Civil Veterinary Dept. Bombay admin report 1900-1906 - 1900-1906
Year: 1900
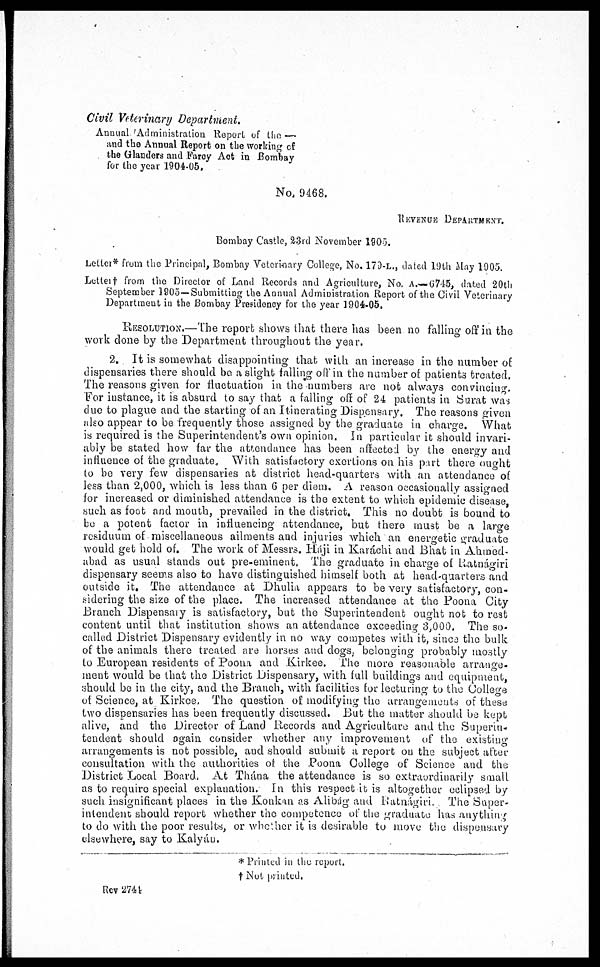
Civil Veterinary Department.
Annual. Administration Report of the —
and the Annual Report on the working of
the Glanders and Farcy Act in Bombay
for the year 1904-05.
No. 9468.
REVENUE
DEPARTMENT.
Bombay Castle, 23rd November 1905.
Letter* from the Principal, Bombay Veterinary College, No. 179-L., dated 19th May 1905.
Letter† from the Director of Land Records and Agriculture, No. A.—6745, dated 20th
September 1905—Submitting the Annual Administration Report of the Civil Veterinary
Department in the Bombay Presidency for the year 1904-05.
RESOLUTION.—The report shows that there has been no falling off in the
work clone by the Department throughout the year.
2. It is somewhat disappointing that with an increase in the number of
dispensaries there should be a slight falling off in the number of patients treated.
The reasons given for fluctuation in the numbers are not always convincing.
For instance, it is absurd to say that a falling off of 24 patients in Surat was
duo to plague and the starting of an Itinerating Dispensary. The reasons given
also appear to be frequently those assigned by the graduate in charge. What
is required is the Superintendent's own opinion. In particular it should invari-
ably be stated how far the attendance has been affected by the energy and
influence of the graduate. With satisfactory exertions on his part there Ought
to be very few dispensaries at district head-quarters with an attendance of
less than 2,000, which is less than 6 per diem. A reason occasionally assigned
for increased or diminished attendance is the extent to which epidemic disease,
such as foot and mouth, prevailed in the district. This no doubt is bound to
bo a potent factor in influencing attendance, but there must be a large
residuum of miscellaneous ailments and injuries which an energetic graduate
would get hold of. The work of Messrs. Háji in Karachi and Bhat in Ahmed-
abad as usual stands out pre-eminent, The graduate in charge of Ratnágiri
dispensary seems also to have distinguished himself both at head-quarters and
outside it. The attendance at Dhulia appears to be very satisfactory, con-
sidering the size of the place. The increased attendance at the Poona City
Branch Dispensary is satisfactory, but the Superintendent ought not to rest
content until that institution shows an attendance exceeding 3,000. The so-
called District Dispensary evidently in no way competes with it, since the bulk
of the animals there treated are horses and dogs, belonging probably mostly
to European residents of Poona and Kirkee. The more reasonable arrange-
ment would be that the District Dispensary, with full buildings and equipment,
should be in the city, and the Branch, with facilities for lecturing to the College
of Science, at Kirkee, The question of modifying the arrangements of these
two dispensaries has been frequently discussed. But the matter should be kept
alive, and the Director of Land Records and Agriculture and the Superin-
tendent should again consider whether any improvement of the existing
arrangements is not possible, and should submit a report on the subject after
consultation with the authorities of the Poona College of Science and the
District Local Board, At Thána the attendance is so extraordinarily small
as to require special explanation. In this respect it is altogether eclipsed by
such insignificant places in the Konkan as Alibág and Ratnágiri. The Super-
intendent should report whether the competence of the graduate has anything
to do with the poor results, or whether it is desirable to move the dispensary
elsewhere, say to Kalyán.
* Printed in the report.
† Not priutud.
Rev 2744